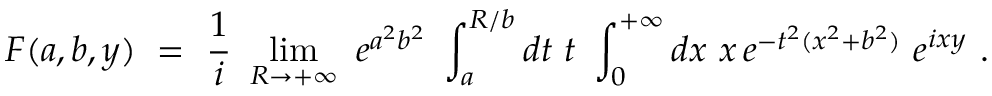
F ( a , b , y ) \ = \ \frac { 1 } { i } \ \operatorname * { l i m } _ { R \to + \infty } \ e ^ { a ^ { 2 } b ^ { 2 } } \ \int _ { a } ^ { R / b } d t \ t \ \int _ { 0 } ^ { + \infty } d x \ x \, e ^ { - t ^ { 2 } ( x ^ { 2 } + b ^ { 2 } ) } \ e ^ { i x y } \ .